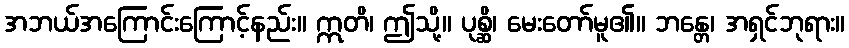
အဘယ်အကြောင်းကြောင့်နည်း။ ဣတိ၊ ဤသို့။ ပုစ္ဆိ၊ မေးတော်မူ၏။ ဘန္တေ၊ အရှင်ဘုရား။